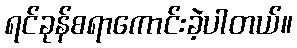
ရင်ခုန်စရာကောင်းခဲ့ပါတယ်။